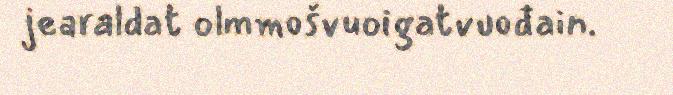
jearaldat olmmošvuoigatvuođain.